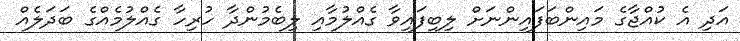
އަދި އެ ކުއްޖާގެ މައިންބަފައިންނަށް ލިބިފައިވާ ގެއްލުމާއި ލިބެމުންދާ ހުރިހާ ގެއްލުމެއްގެ ބަދަލެއް